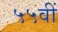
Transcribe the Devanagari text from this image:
५५वीं